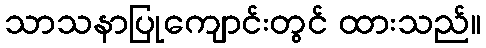
သာသနာပြုကျောင်းတွင် ထားသည်။